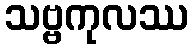
သဗ္ဗကုလဿ